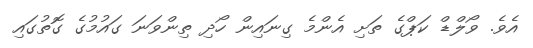
އެވެ. ވޯލްޑް ކަޕްގެ ތަށި އެންމެ ގިނައިން ހޯދި ތިންވަނަ ގައުމުގެ ގޮތުގައި